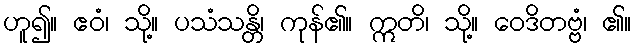
ဟူ၍။ ဧဝံ၊ သို့။ ပသံသန္တိ၊ ကုန်၏။ ဣတိ၊ သို့။ ဝေဒိတဗ္ဗံ၊ ၏။